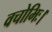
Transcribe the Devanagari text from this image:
वचोभिः।